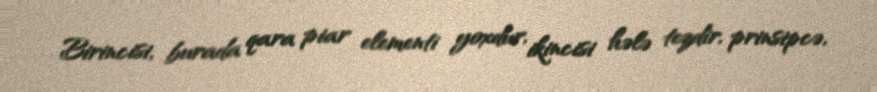
Birincisi, burada qara piar elementi yoxdur, ikincisi hələ tezdir, prinsipcə,